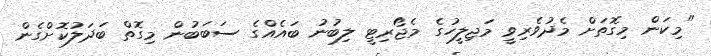
"މިކަން މިގޮތަށް މެދުވެރިވީ މަޖިލީހުގެ މެޖޯރިޓީ ލިބުނު ބައެއްގެ ސަބަބުން މިގޮތް ބަދަލުކޮށްގެން